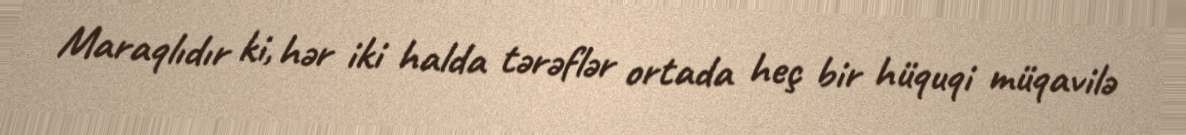
Maraqlıdır ki, hər iki halda tərəflər ortada heç bir hüquqi müqavilə